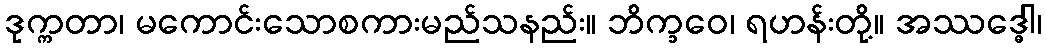
ဒုက္ကတာ၊ မကောင်းသောစကားမည်သနည်း။ ဘိက္ခဝေ၊ ရဟန်းတို့။ အဿဒ္ဓေါ၊